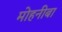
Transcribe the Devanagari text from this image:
मोहनीबा